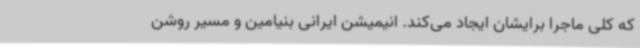
که کلی ماجرا برایشان ایجاد می‌کند. انیمیشن ایرانی بنیامین و مسیر روشن